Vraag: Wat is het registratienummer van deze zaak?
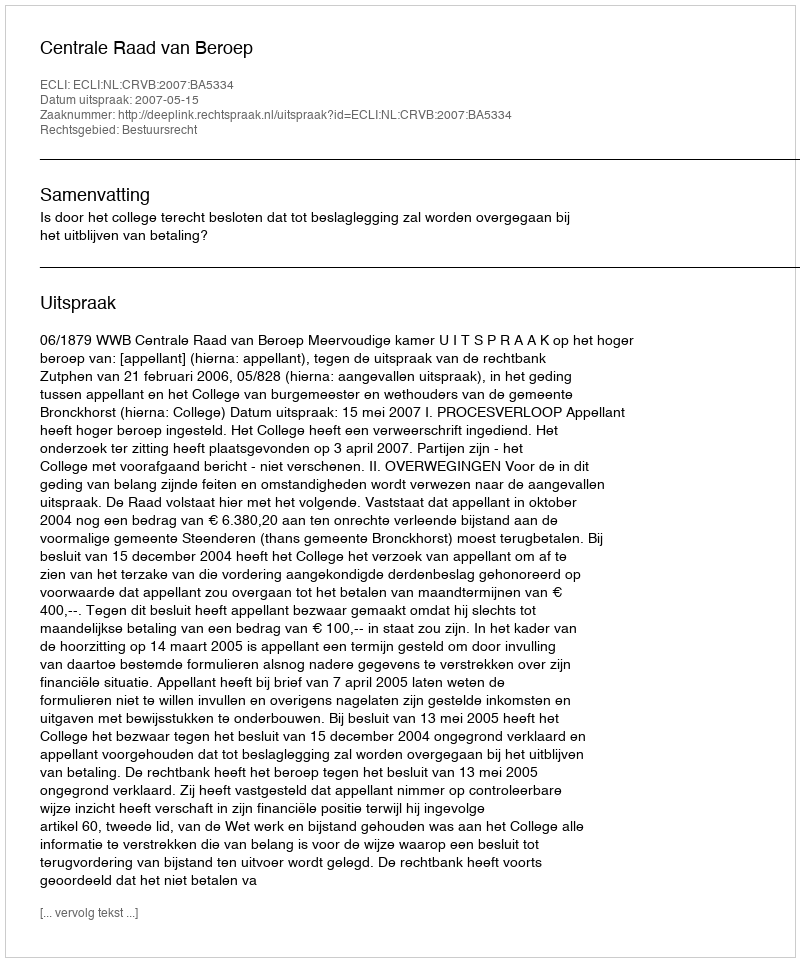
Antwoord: http://deeplink.rechtspraak.nl/uitspraak?id=ECLI:NL:CRVB:2007:BA5334